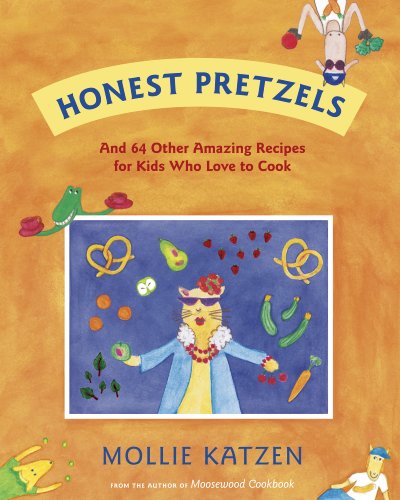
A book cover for Honest Pretzels: And 64 Other Amazing Recipes for Cooks Ages 8 & Up; Mollie Katzen; Children's Books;